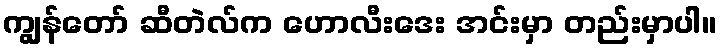
ကျွန်တော် ဆီတဲလ်က ဟောလီးဒေး အင်းမှာ တည်းမှာပါ။